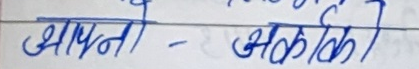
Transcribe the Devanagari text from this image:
भावना - झलककी